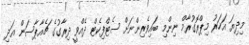
މިދިޔަ އަހަރު މިޕްރޮގުރާމް ނިންމި ބައިވެރިންނަށް ސެޓްފިކެޓް ދެއްވީ ދިރާގުގެ ޗެއާޕާސަން އަދި